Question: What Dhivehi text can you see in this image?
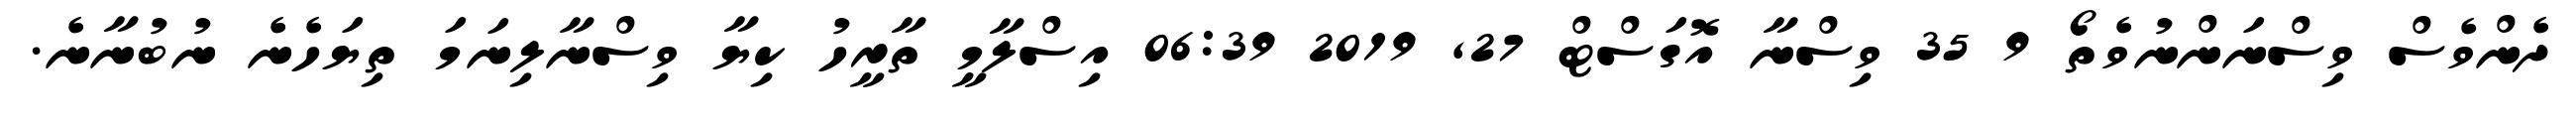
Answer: ދެންވެސް ވިސްނަންނުވެތޯ 9 35 ވިސްނާ އޮގަސްޓް 27, 2019 06:39 އިސްލާމީ ތާރީހު ކިޔާ ވިސްނާލިނަމަ ތިޔަހެނެ ނުބުނާނެ.